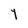
Character: Y